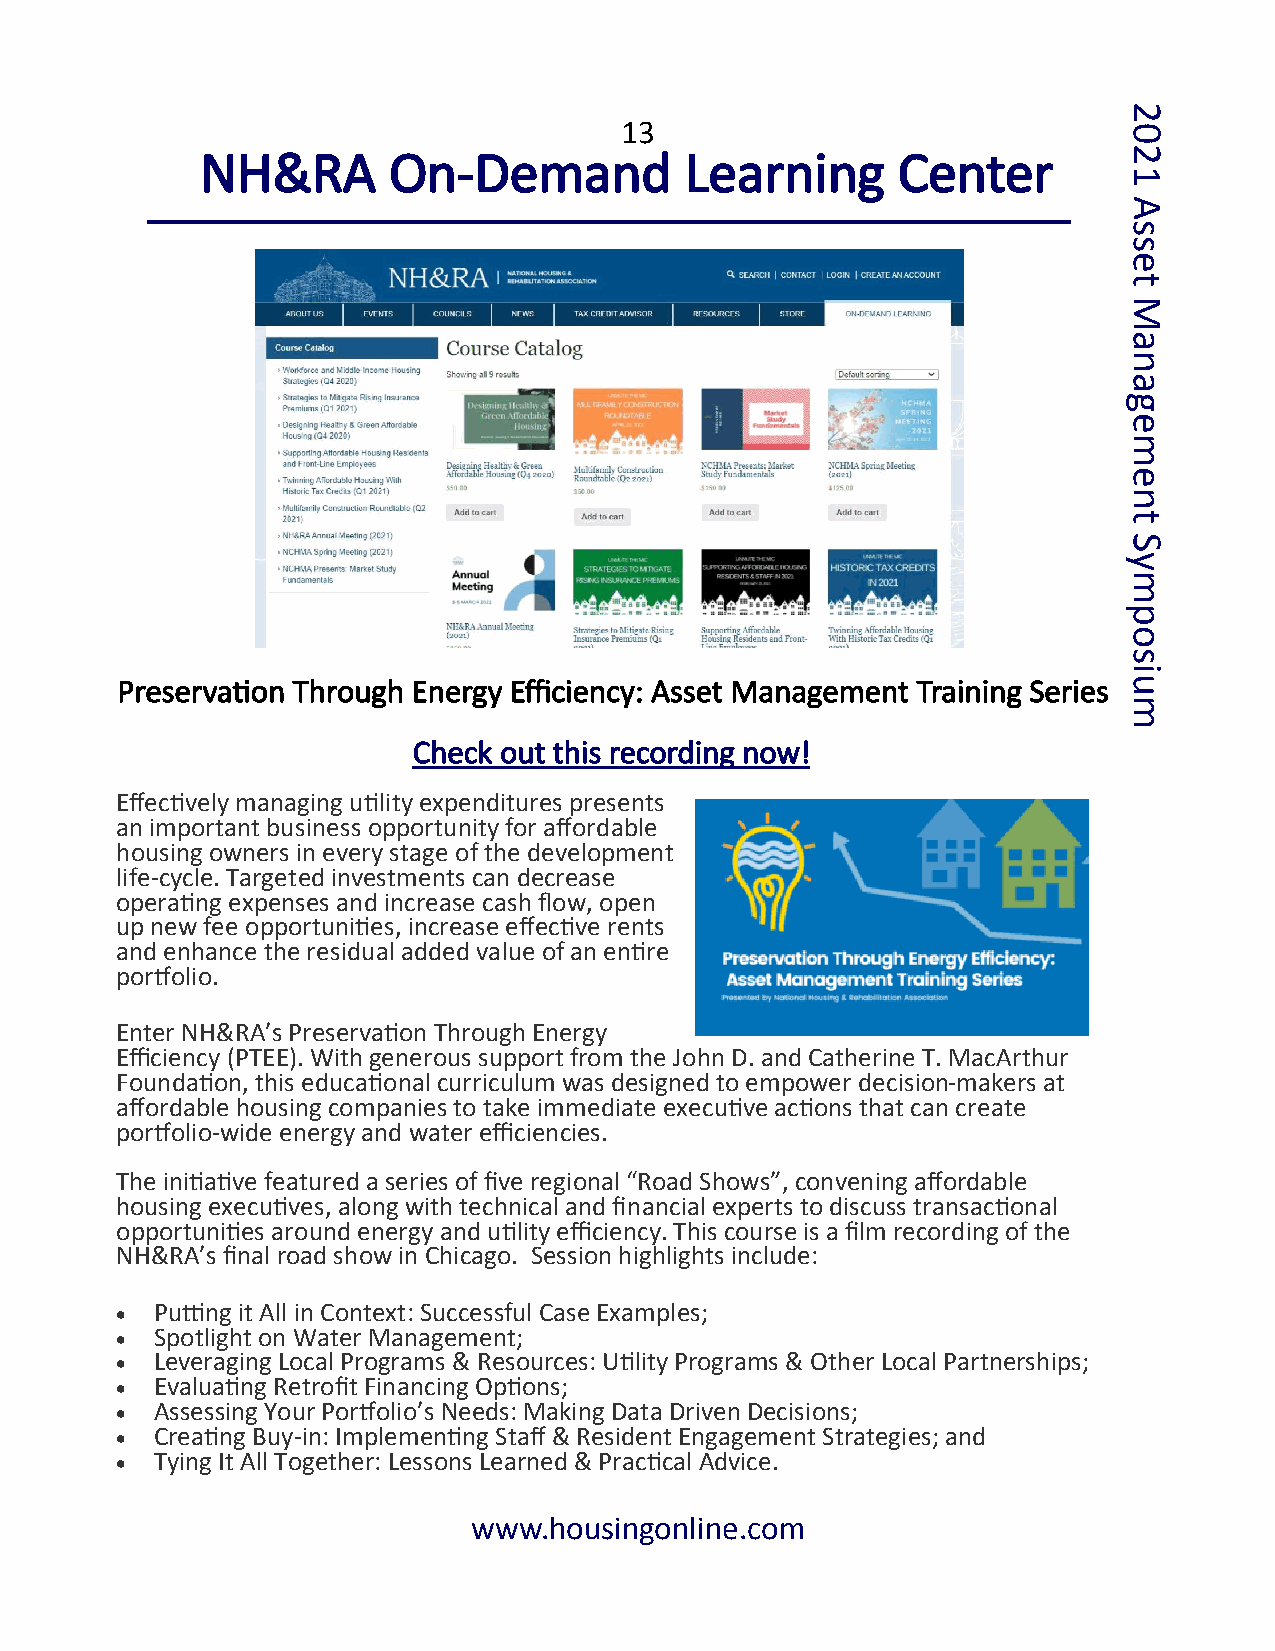
2
 13                               0
 NH&RA        On-Demand          Learning      Center         2
 1
 A
 s
 s
 e
 t
 M
 a
 n
 a
 g
 e
 m
 e
 n
 t
 S
 y
 m
 p
 o
 s
 i
 Preservation Through Energy Efficiency: Asset Management Training Series u
 m
 Check out this recording now!
 Effectively managing utility expenditures presents
 an important business opportunity for affordable
 housing owners in every stage of the development
 life-cycle. Targeted investments can decrease
 operating expenses and increase cash flow, open
 up new fee opportunities, increase effective rents
 and enhance the residual added value of an entire
 portfolio.
 Enter NH&RA’s Preservation Through Energy
 Efficiency (PTEE). With generous support from the John D. and Catherine T. MacArthur
 Foundation, this educational curriculum was designed to empower decision-makers at
 affordable housing companies to take immediate executive actions that can create
 portfolio-wide energy and water efficiencies.
 The initiative featured a series of five regional “Road Shows”, convening affordable
 housing executives, along with technical and financial experts to discuss transactional
 opportunities around energy and utility efficiency. This course is a film recording of the
 NH&RA’s final road show in Chicago. Session highlights include:
 • Putting it All in Context: Successful Case Examples;
 • Spotlight on Water Management;
 • Leveraging Local Programs & Resources: Utility Programs & Other Local Partnerships;
 • Evaluating Retrofit Financing Options;
 • Assessing Your Portfolio’s Needs: Making Data Driven Decisions;
 • Creating Buy-in: Implementing Staff & Resident Engagement Strategies; and
 • Tying It All Together: Lessons Learned & Practical Advice.
 www.housingonline.com